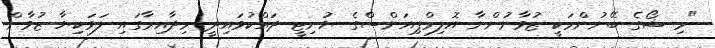
"މި ޝޯގެ ބޭނުންމަކީ ޒުވާނުންނާ އޮލިމްޕިއަންސްގެ ޔުނިޓީ ދައްކުވައިދީ މިދާއިރާގައި ލަވަކިޔާ ޒުވާން